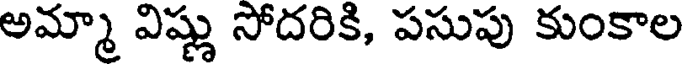
అమ్మా విష్ణు సోదరికి, పసుపు కుంకాల